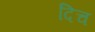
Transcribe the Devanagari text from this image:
दिच